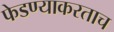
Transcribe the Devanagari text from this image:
फेडण्याकरताच